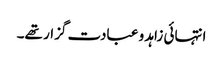
انتہائی زاہد و عبادت گزار تھے۔